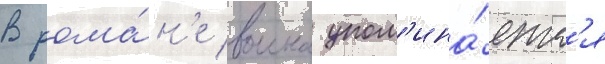
В рома́н'е воина упом'ина́етс'я